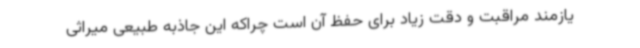
یازمند مراقبت و دقت زیاد برای حفظ آن است چراکه این جاذبه طبیعی میراثی